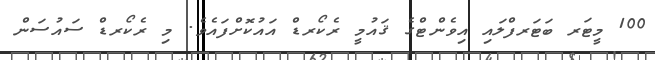
100 މީޓަރ ބަޓަރފްލައި އިވެންޓްގެ ޤައުމީ ރެކޯރޑް އައުކޮށްފައެވެ. މި ރެކޯރޑް ސައުސަން